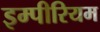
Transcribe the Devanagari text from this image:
इम्पीरियम